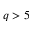
q > 5